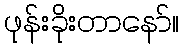
ဖုန်းခိုးတာနော်။